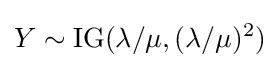
Y\sim \operatorname {IG} (\lambda /\mu ,(\lambda /\mu )^{2})